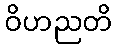
ဝိဟညတိ